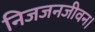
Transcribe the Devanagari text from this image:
निजजनजीवन।